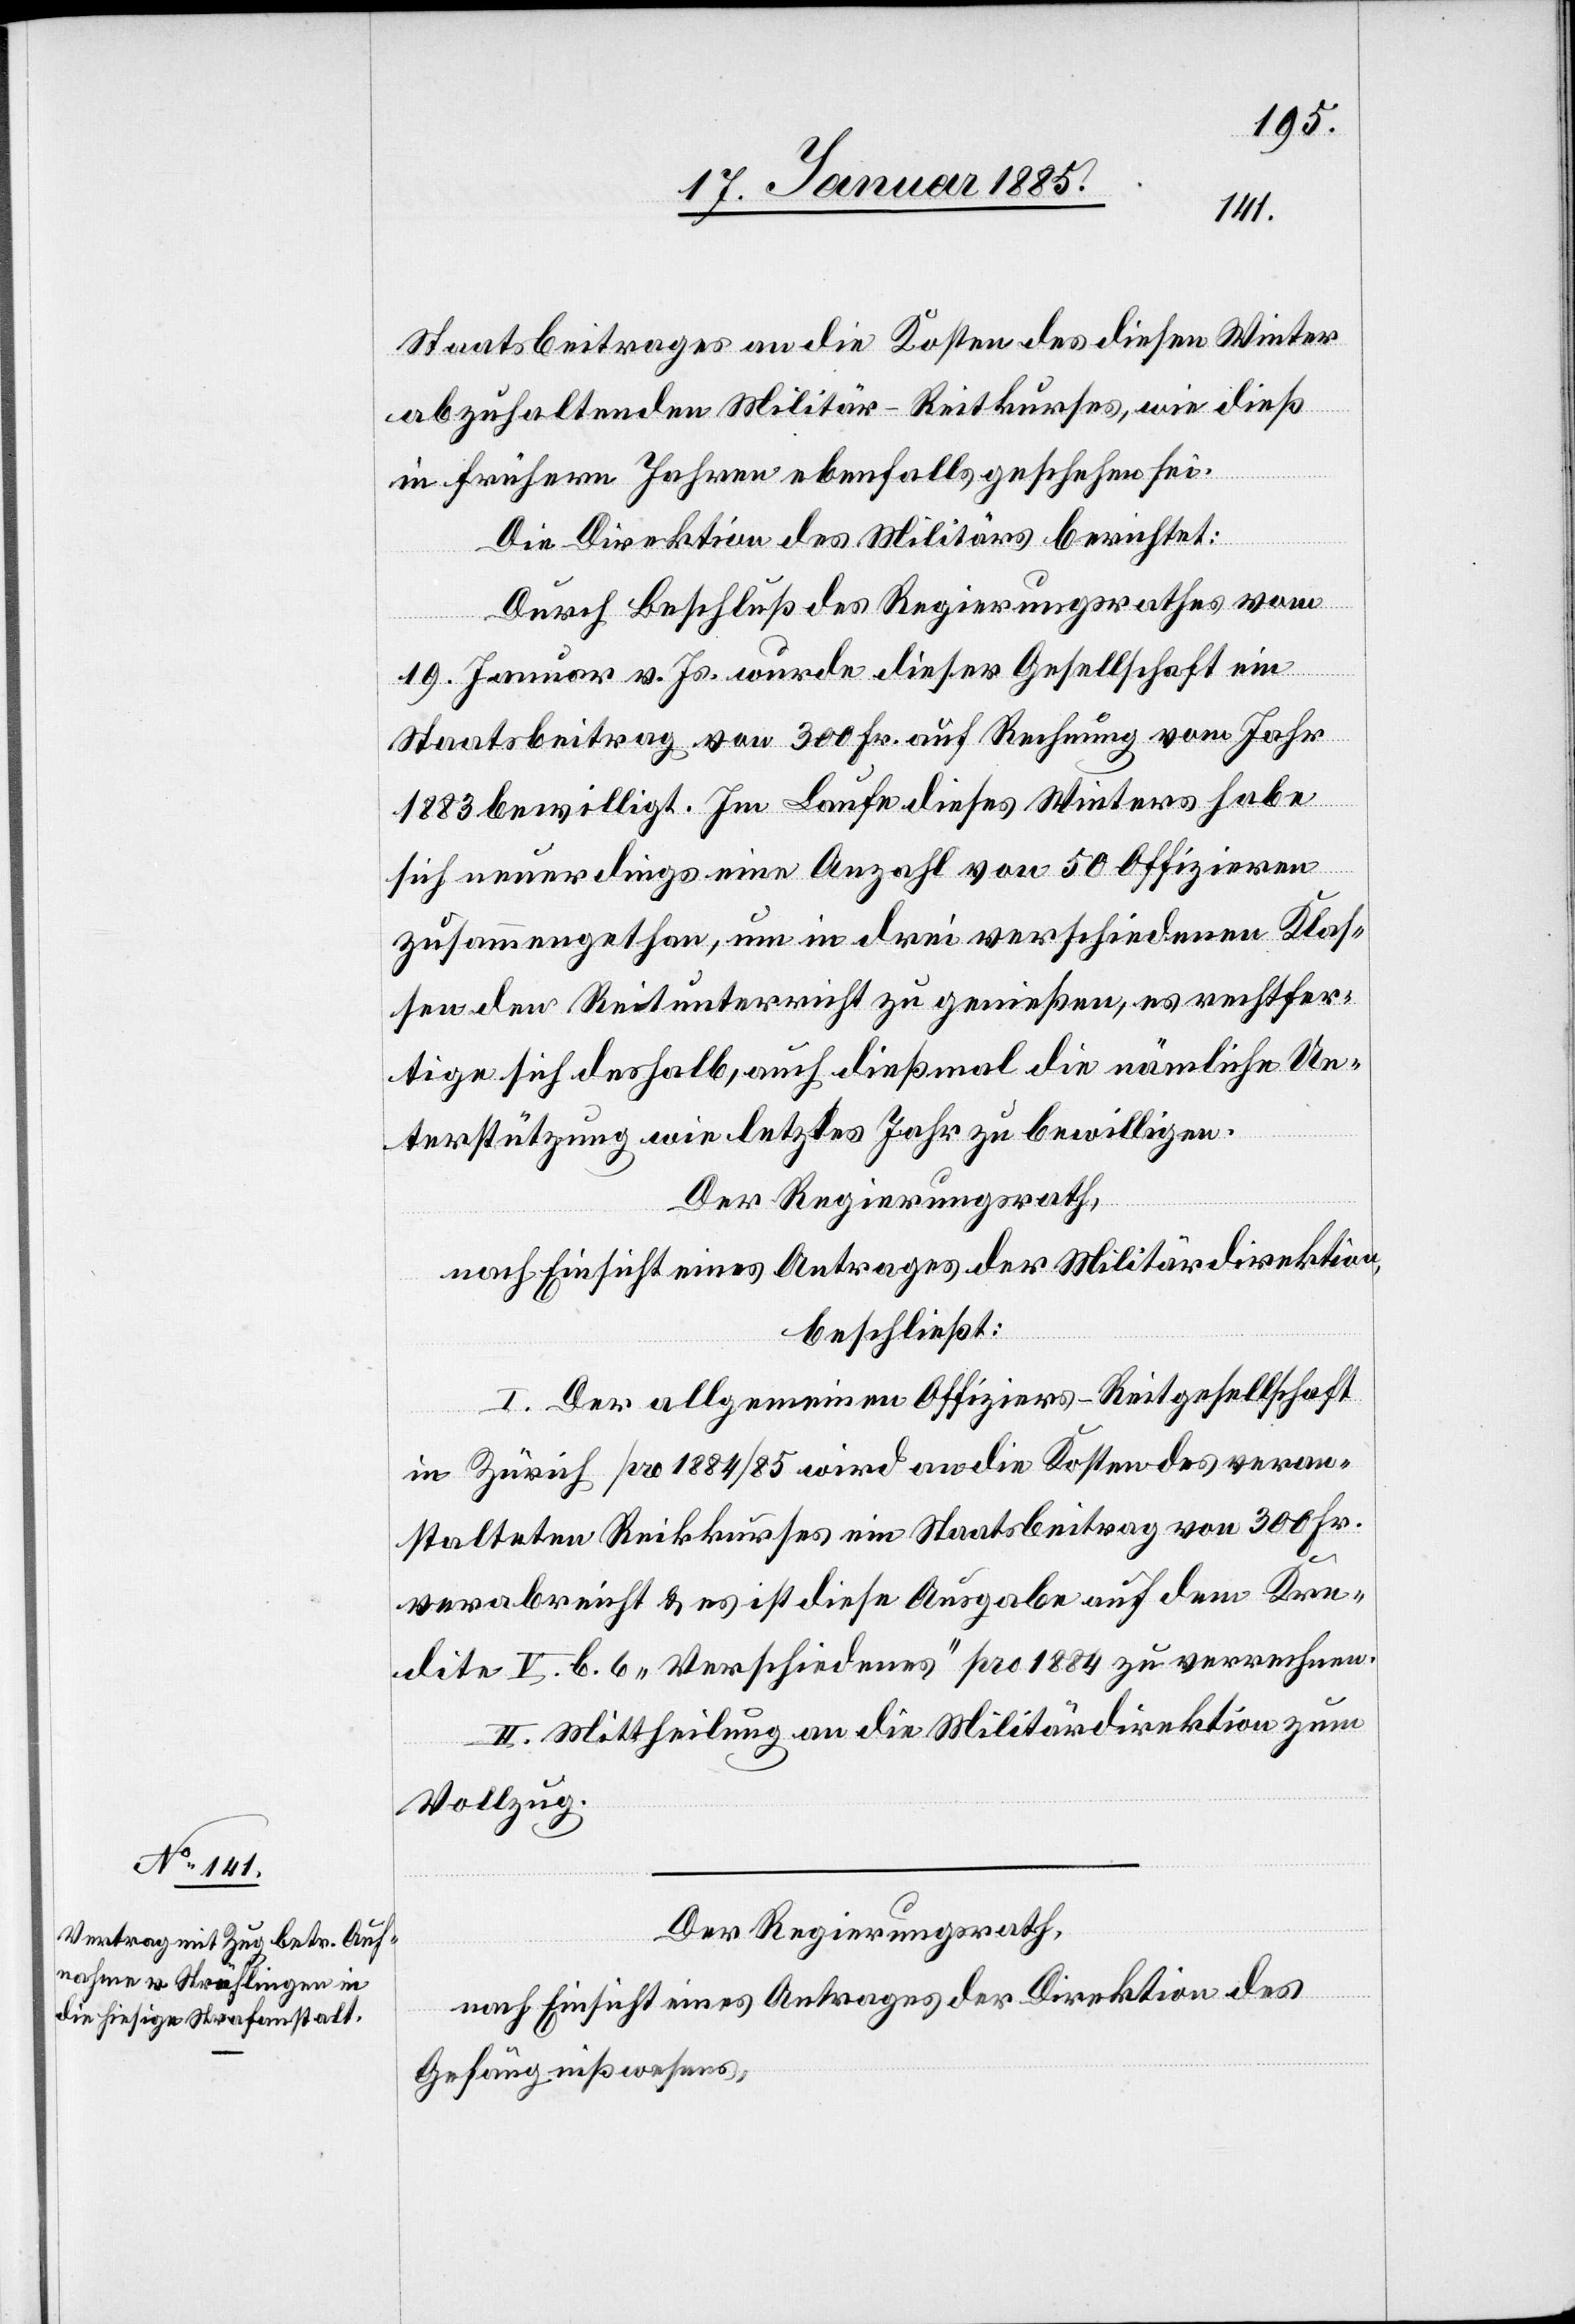
Staatsbeitrages an die Kosten des diesen Winter
abzuhaltenden Militär-Reitkurses, wie dieß
in frühern Jahren ebenfalls geschehen sei.
Die Direktion des Militärs berichtet:
Durch Beschluß des Regierungsrathes vom
19. Januar v. Js. wurde dieser Gesellschaft ein
Staatsbeitrag von 300 Fr. auf Rechnung vom Jahr
1883 bewilligt. Im Laufe dieses Winters habe
sich neuerdings eine Anzahl von 50 Offizieren
zusammengethan, um in drei verschiedenen Klas¬
sen den Reitunterricht zu genießen, es rechtfer¬
tige sich deshalb, auch dießmal die nämliche Un¬
terstützung wie letztes Jahr zu bewilligen.
Der Regierungsrath,
nach Einsicht eines Antrages der Militärdirektion
beschließt:
I. Der allgemeinen Offiziers-Reitgesellschaft
in Zürich pro 1884/85 wird an die Kosten des veran¬
stalteten Rei[t]kurses ein Staatsbeitrag von 300 Fr.
verabreicht & es ist diese Ausgabe auf dem Kre¬
dite V. b. 6 „Verschiedenes“ pro 1884 zu verrechnen.
II. Mittheilung an die Militärdirektion zum
Vollzug.
Der Regierungsrath,
nach Einsicht eines Antrages der Direktion des
Gefängnißwesens,